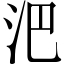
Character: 𣲩